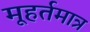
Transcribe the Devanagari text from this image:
मूहर्तमात्र